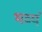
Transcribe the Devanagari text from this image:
भव्यं